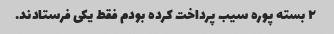
۲ بسته پوره سیب پرداخت کرده بودم فقط یکی فرستادند.